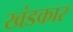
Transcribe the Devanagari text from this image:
खंडकार